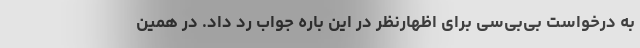
به درخواست بی‌بی‌سی برای اظهارنظر در این باره جواب رد داد. در همین